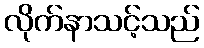
လိုက်နာသင့်သည်